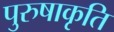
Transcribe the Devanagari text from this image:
पुरुषाकृति